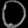
Digit: ၀